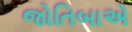
જોતિબાએ